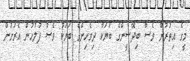
މީގެ އިތުރުން ވެސް ބިދޭސީންގެ ބަޔަކާ ދިވެހިންގެ ބަޔަކު ވެސް ފުލުހުން އެރަށުން